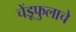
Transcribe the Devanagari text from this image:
चेंडूफुलाचे